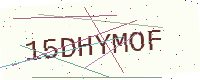
Text: 15DHYMOF